Lunatic asylums Central Provinces reports 1895-1909 - 1895-1909
Year: 1895
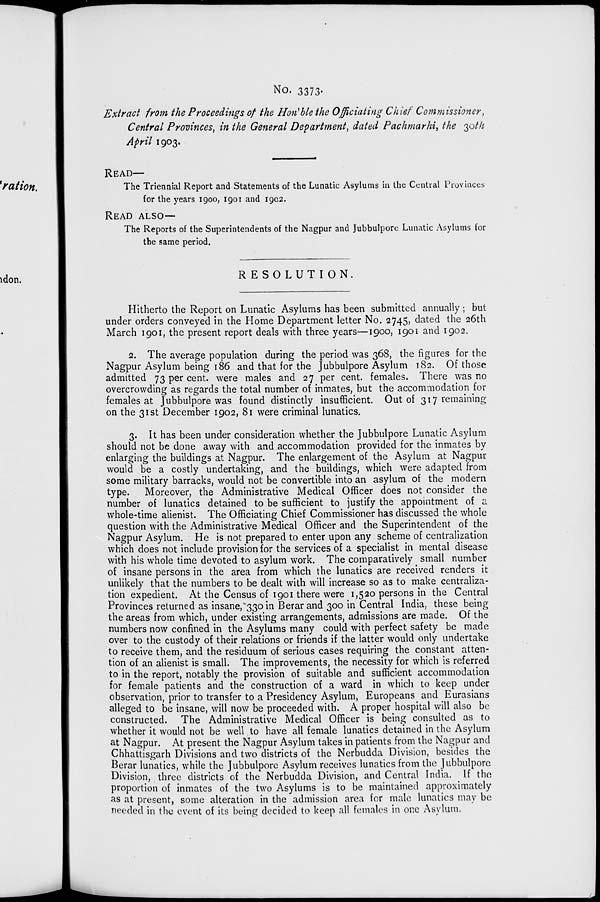
No. 3373.
Extract from the Proceedings of the Hon'ble the Officiating Chief Commissioner,
Central Provinces, in the General Department, dated Pachmarhi, the 30th
April 1903.
READ—
The Triennial Report and Statements of the Lunatic Asylums in the Central Provinces
for the years 1900, 1901 and 1902.
READ ALSO—
The Reports of the Superintendents of the Nagpur and Jubbulpore Lunatic Asylums for
the same period.
RESOLUTION.
Hitherto the Report on Lunatic Asylums has been submitted annually ; but
under orders conveyed in the Home Department letter No. 2745, dated the 26th
March 1901, the present report deals with three years—1900, 1901 and 1902.
2. The average population during the period was 368, the figures for the
Nagpur Asylum being 186 and that for the Jubbulpore Asylum 182. Of those
admitted 73 per cent. were males and 27 per cent. females. There was no
overcrowding as regards the total number of inmates, but the accommodation for
females at Jubbulpore was found distinctly insufficient. Out of 317 remaining
on the 31st December 1902, 81 were criminal lunatics.
3. It has been under consideration whether the Jubbulpore Lunatic Asylum
should not be done away with and accommodation provided for the inmates by
enlarging the buildings at Nagpur. The enlargement of the Asylum at Nagpur
would be a costly undertaking, and the buildings, which were adapted from
some military barracks, would not be convertible into an asylum of the modern
type. Moreover, the Administrative Medical Officer does not consider the
number of lunatics detained to be sufficient to justify the appointment of a
whole-time alienist. The Officiating Chief Commissioner has discussed the whole
question with the Administrative Medical Officer and the Superintendent of the
Nagpur Asylum. He is not prepared to enter upon any scheme of centralization
which does not include provision for the services of a specialist in mental disease
with his whole time devoted to asylum work. The comparatively small number
of insane persons in the area from which the lunatics are received renders it
unlikely that the numbers to be dealt with will increase so as to make centraliza-
tion expedient. At the Census of 1901 there were 1,520 persons in the Central
Provinces returned as insane, 330 in Berar and 300 in Central India, these being
the areas from which, under existing arrangements, admissions are made. Of the
numbers now confined in the Asylums many could with perfect safety be made
over to the custody of their relations or friends if the latter would only undertake
to receive them, and the residuum of serious cases requiring the constant atten-
tion of an alienist is small. The improvements, the necessity for which is referred
to in the report, notably the provision of suitable and sufficient accommodation
for female patients and the construction of a ward in which to keep under
observation, prior to transfer to a Presidency Asylum, Europeans and Eurasians
alleged to be insane, will now be proceeded with. A proper hospital will also be
constructed. The Administrative Medical Officer is being consulted as to
whether it would not be well to have all female lunatics detained in the Asylum
at Nagpur. At present the Nagpur Asylum takes in patients from the Nagpur and
Chhattisgarh Divisions and two districts of the Nerbudda Division, besides the
Berar lunatics, while the Jubbulpore Asylum receives lunatics from the Jubbulpore
Division, three districts of the Nerbudda Division, and Central India. If the
proportion of inmates of the two Asylums is to be maintained approximately
as at present, some alteration in the admission area for male lunatics may be
needed in the event of its being decided to keep all females in one Asylum.